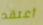
أعتقد